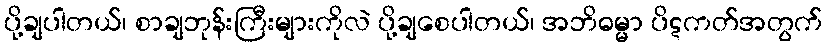
ပို့ချပါတယ်၊ စာချဘုန်းကြီးများကိုလဲ ပို့ချစေပါတယ်၊ အဘိဓမ္မာ ပိဋကတ်အတွက်